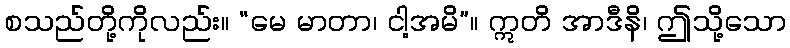
စသည်တို့ကိုလည်း။ “မေ မာတာ၊ ငါ့အမိ”။ ဣတိ အာဒီနိ၊ ဤသို့သော